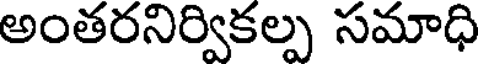
అంతరనిర్వికల్ప సమాధి